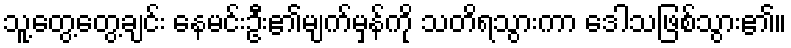
သူ့တွေ့တွေ့ချင်း နေမင်းဦး၏မျက်မှန်ကို သတိရသွားကာ ဒေါသဖြစ်သွား၏။